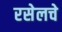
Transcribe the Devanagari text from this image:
रसेलचे